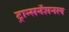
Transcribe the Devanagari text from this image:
ट्रान्सनॅशनल